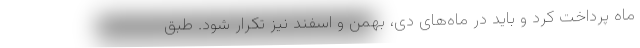
ماه پرداخت کرد و باید در ماه‌های دی، بهمن و اسفند نیز تکرار شود. طبق